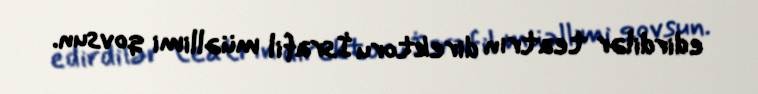
edirdilər teatrın direktoru İsrafil müəllimi qovsun.